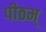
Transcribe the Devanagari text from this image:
पीठम्